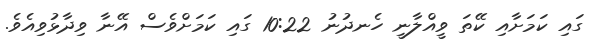
ގައި ކަމަށާއި ކޭތަ ވީއްލާނީ ހެނދުނު 10:22 ގައި ކަމަށްވެސް އޭނާ ވިދާޅުވިއެވެ.